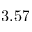
3 . 5 7